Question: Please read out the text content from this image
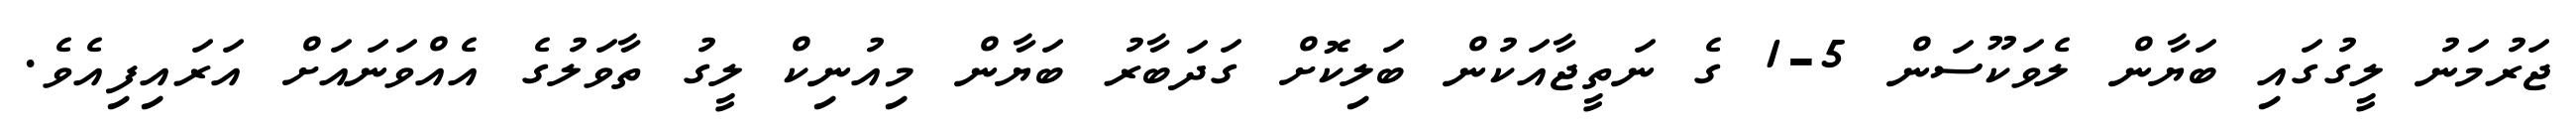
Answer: ޖަރުމަނު ލީގުގައި ބަޔާން ލެވަކޫސަން 5-1 ގެ ނަތީޖާއަކުން ބަލިކޮށް ގަދަބާރު ބަޔާން މިއުނިކް ލީގު ތާވަލުގެ އެއްވަނައަށް އަރައިފިއެވެ.